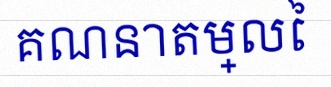
គណនាតម្លៃ